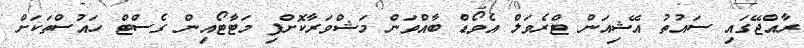
ރާއްޖޭގައި ސައުތު އޭޝިއަން ޓްރެވަލް އެވޯޑް ބާއްވަން މަޝްވަރާކޮށްފި މަޓާޓޯއިން ގެސްޓް ހައުސްތަކަށް